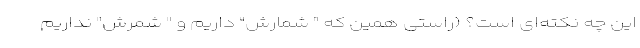
این چه نکته‌ای است؟ (راستی همین که " شمارش" داریم و " شِمُرش" نداریم